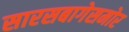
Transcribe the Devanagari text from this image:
सारसबागेसमोर